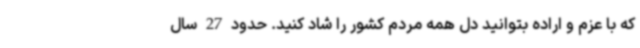
که با عزم و اراده بتوانید دل همه مردم کشور را شاد کنید. حدود 27 سال